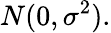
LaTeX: N(0,\sigma^{2}).